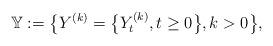
LaTeX: \begin{align*} \mathbb{Y}:= \bigl\{Y^{(k)}= \bigl\{Y_t^{(k)},t\ge0 \bigr\}, k>0 \bigr\},\end{align*}